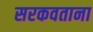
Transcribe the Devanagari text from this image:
सरकवताना